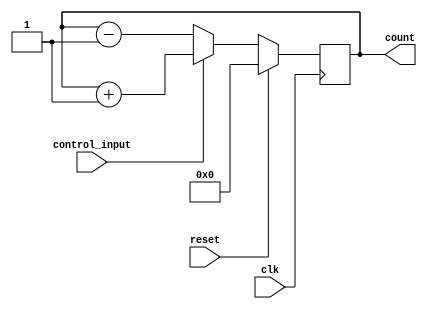
module up_down_counter (
  input wire clk,
  input wire reset,
  input wire control_input,
  output reg [7:0] count
);

  always @(posedge clk) begin
    if (reset) begin
      count <= 8'b0; // reset count value to 0
    end else begin
      if (control_input) begin
        count <= count + 8'b1; // increment count value if control input is '1'
      end else begin
        count <= count - 8'b1; // decrement count value if control input is '0'
      end
    end
  end

endmodule